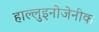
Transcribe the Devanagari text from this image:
हाल्लुइनोजेनीक